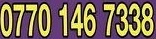
0770 146 7338